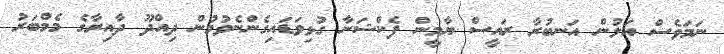
ނަމަވެސް އަލުން އަނބުރާ ރައީސް ޔާމީން ފެކްޝަނާ ގުޅިވަޑައިގެންނެވުމުން ދިއްދޫ ދާއިރާގެ މެމްބަރު